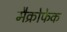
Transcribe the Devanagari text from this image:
मैक्रोफेक